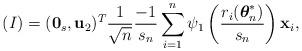
LaTeX: \begin{align*}(I)=(\mathbf{0}_{s},\mathbf{u}_{2})^{T}\frac{1}{\sqrt{n}}\frac{-1}{s_n}\sum\limits_{i=1}^{n}\psi_{1}\left( \frac{r_{i}(\boldsymbol{\theta}_{n}^{*})}{s_{n}}\right)\mathbf{x}_{i},\end{align*}